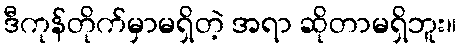
ဒီကုန်တိုက်မှာမရှိတဲ့ အရာ ဆိုတာမရှိဘူး။